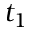
t _ { 1 }